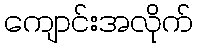
ကျောင်းအလိုက်